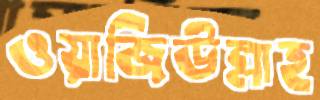
ওয়াজিউল্লাহ